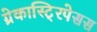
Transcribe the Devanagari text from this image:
ग्रेकास्टि्रपेसस